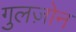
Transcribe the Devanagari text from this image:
गुलज़ोन